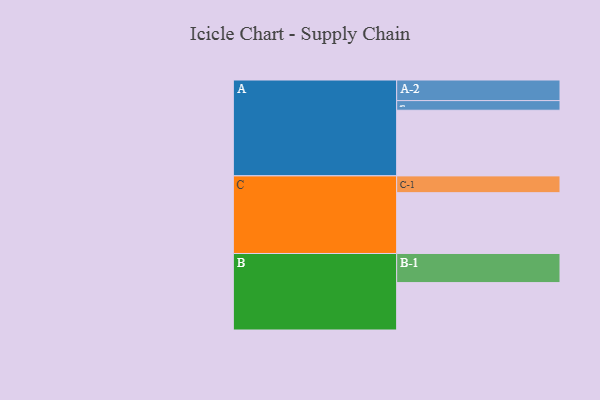
{"axis": {"x": "Segment", "y": "Value"}, "legend": ["", "A", "B", "C"], "data": [{"x": "A", "y": 586, "type": ""}, {"x": "B", "y": 423, "type": ""}, {"x": "C", "y": 543, "type": ""}, {"x": "A-1", "y": 86, "type": "A"}, {"x": "A-2", "y": 184, "type": "A"}, {"x": "B-1", "y": 260, "type": "B"}, {"x": "C-1", "y": 150, "type": "C"}]}